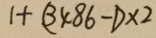
1 + ( 3 4 8 6 - 1 ) \times 2